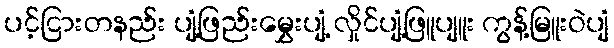
ပင့်ငြားတနည်း ပျံ့ဖြည်းမွှေးပျံ့ လှိုင်ပျံ့ဖြူပျူး ကွန့်မြူးဝဲပျံ